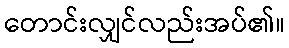
တောင်းလျှင်လည်းအပ်၏။